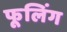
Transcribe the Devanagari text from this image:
फूलिंग